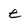
Character: e